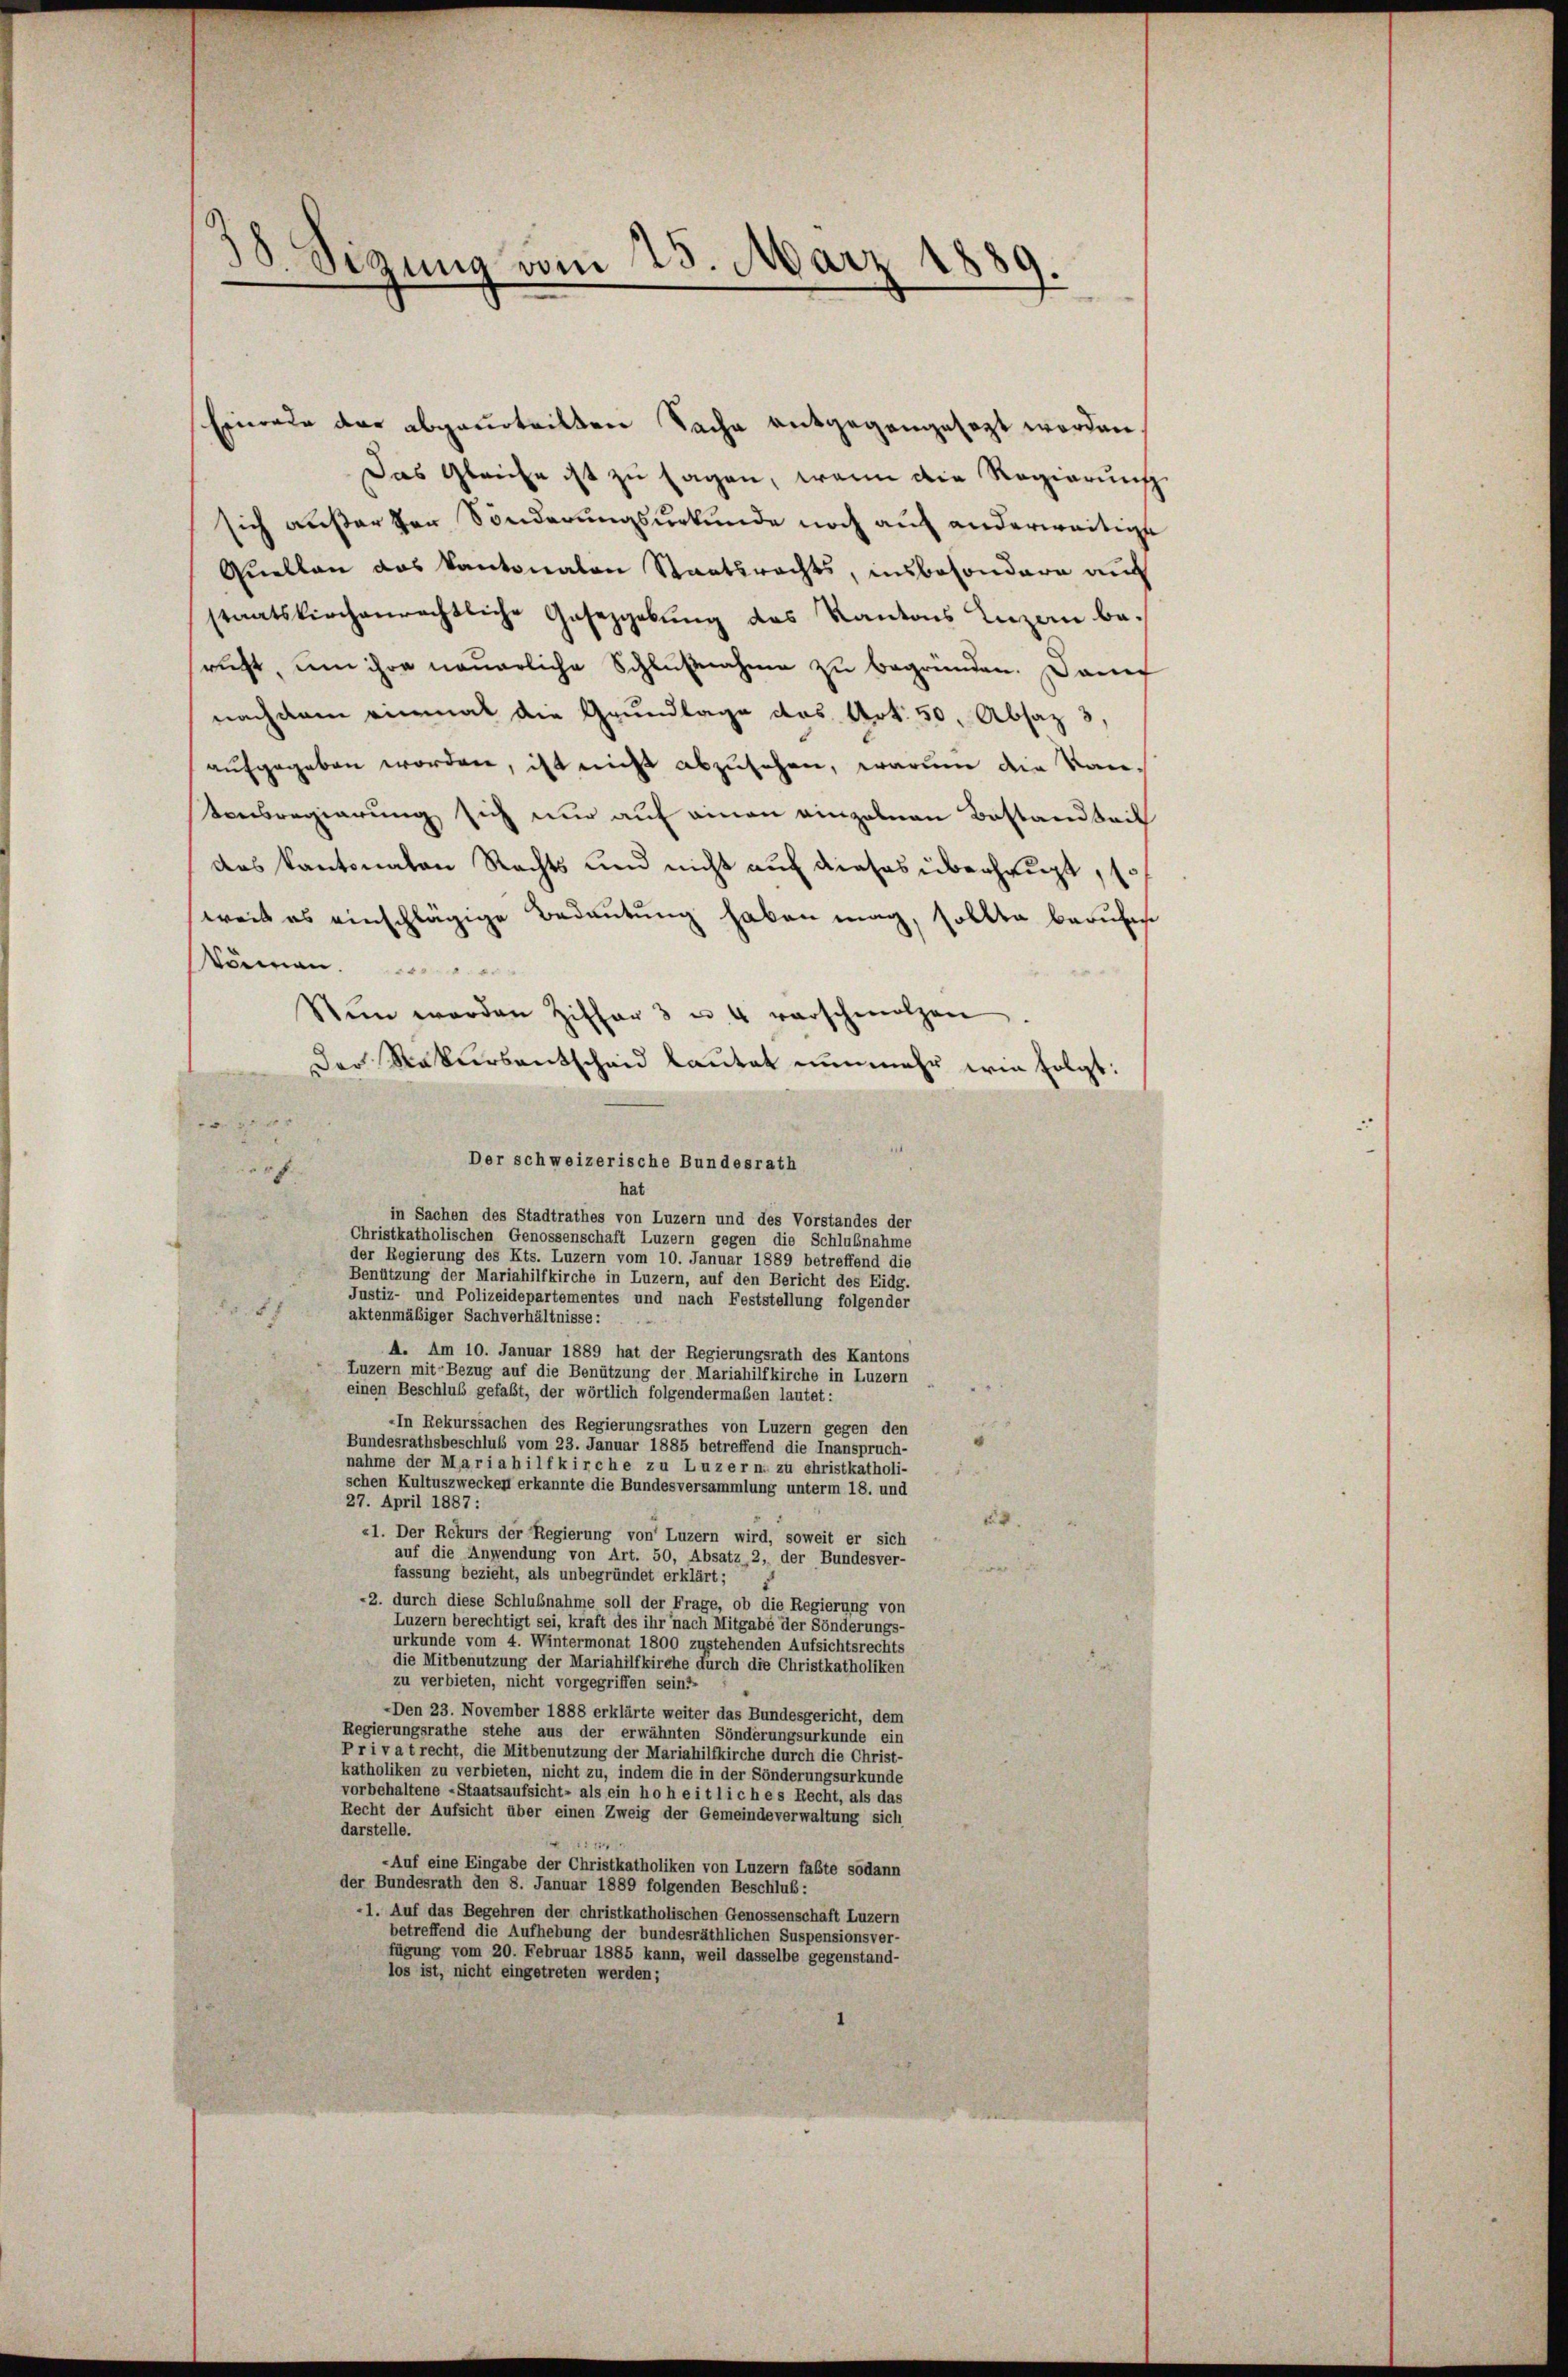
)
d
Sizung vom 23. März

Einrede der abgeurteilten Sache entgegengesagt worden
Das Gleiche ist zu sagen, wenn die Regierung
sich außer den Sonderungsurkunde noch auf anderweitige
Quellen das Kantonalen Staatsrechts, insbesondere auc
staatskirchenrechtliche Gesezgebung des Kantons Luzern berucht, um ihre neuerliche Schlußnahme zu begründen. Dann
nachdem einmal die Grundlage das Art. 50. Absaz 3,
aufgegeben worden, ist nicht abzusehen, warum die Kantonsregierung sich nur auf einen einzelnen Bestandteil
das Kantonaten Rechts und nicht auf dieses überhaupt, sof
weil es einschlägige Bedeutung haben mag, sollte berufen
sömen.
Nŭn werden Ziffer 3 u. 4 verschmolzen.
Der Rekursentscheid lautet nunmehr wie folgt:
Der schweizerische Bundesrath
erf
hat
in Sachen des Stadtrathes von Luzern und des Vorstandes der
Christkatholischen Genossenschaft Luzern gegen die Schlußnahme
der Regierung des Kts. Luzern vom 10. Januar 1889 betreffend die
Benützung der Mariahilfkirche in Luzern, auf den Bericht des Eidg.
Justiz- und Polizeidepartementes und nach Feststellung folgender
51
aktenmäßiger Sachverhältnisse:
A. Am 10. Januar 1889 hat der Regierungsrath des Kantons
Luzern mit Bezug auf die Benützung der Mariahilfkirche in Luzern
einen Beschluß gefaßt, der wörtlich folgendermaßen lautet:
-In Rekurssachen des Regierungsrathes von Luzern gegen den
Bundesrathsbeschluß vom 23. Januar 1885 betreffend die Inanspruch-
nahme der Maria hilf kirche zu Luzern, zu christkatholi-
schen Kultuszwecken erkannte die Bundesversammlung unterm 18. und
27. April 1887 :
24.
«1. Der Rekurs der Regierung von Luzern wird, soweit er sich
auf die Anwendung von Art. 50, Absatz, 2, der Bundesver-
fassung bezieht, als unbegründet erklärt;
2. durch diese Schlußnahme soll der Frage, ob die Regierung von
Luzern berechtigt sei, kraft des ihr nach Mitgabe der Sönderungs-
urkunde vom 4. Wintermonat 1800 zustehenden Aufsichtsrechts
die Mitbenutzung der Mariahilfkirche durch die Christkatholiken
zu verbieten, nicht vorgegriffen sein?
Den 23. November 1888 erklärte weiter das Bundesgericht, dem
Regierungsrathe stehe aus der erwähnten Sönderungsurkunde ein
Privatrecht, die Mitbenutzung der Mariahilfkirche durch die Christ-
katholiken zu verbieten, nicht zu, indem die in der Sönderungsurkunde
vorbehaltene - Staatsaufsicht- als ein hoheitliches Recht, als das
Recht der Aufsicht über einen Zweig der Gemeindeverwaltung sich
darstelle.
114
-Auf eine Eingabe der Christkatholiken von Luzern faßte sodann
der Bundesrath den 8. Januar 1889 folgenden Beschluß:
1. Auf das Begehren der christkatholischen Genossenschaft Luzern
betreffend die Aufhebung der bundesräthlichen Suspensionsver-
fügung vom 20. Februar 1885 kann, weil dasselbe gegenstand-
los ist, nicht eingetreten werden;